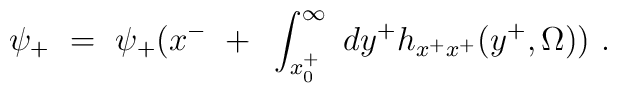
\psi_+~=~\psi_+(x^-~+~\int^{\infty}_{x^+_0}~ dy^+ h_{x^+x^+}(y^+, \Omega))~ .